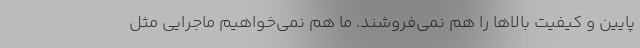
پایین و کیفیت بالاها را هم نمی‌فروشند. ما هم نمی‌خواهیم ماجرایی مثل